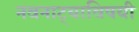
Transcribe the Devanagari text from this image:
नवनाट्याविषयी